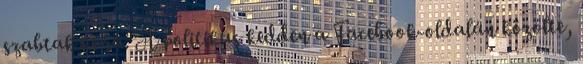
szabtak ki rá. A politikus kedden a Facebook-oldalán közölte,